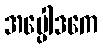
အပ္ပေါဒကေ